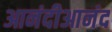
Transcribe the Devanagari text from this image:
आनंदीआनंद